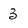
Character: 3